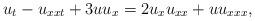
LaTeX: \begin{align*}u_t-u_{xxt}+3uu_x=2u_x u_{xx}+u u_{xxx},\end{align*}